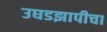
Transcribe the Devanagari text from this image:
उघडझापीचा